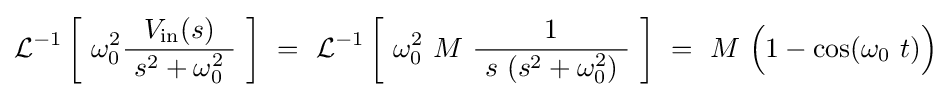
\operatorname {\mathcal {L}} ^{-1}\left[\ \omega _{0}^{2}{\frac {V_{\mathrm {in} }(s)}{\ s^{2}+\omega _{0}^{2}\ }}\ \right]~=~\operatorname {\mathcal {L}} ^{-1}\left[\ \omega _{0}^{2}\ M\ {\frac {1}{\ s\ (s^{2}+\omega _{0}^{2})\ }}\ \right]~=~M\ {\Bigl (}1-\cos(\omega _{0}\ t){\Bigr )}